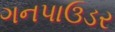
ગનપાઉડર